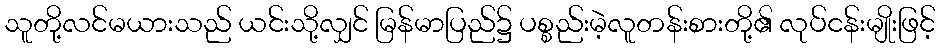
သူတို့လင်မယားသည် ယင်းသို့လျှင် မြန်မာပြည်၌ ပစ္စည်းမဲ့လူတန်းစားတို့၏ လုပ်ငန်းမျိုးဖြင့်